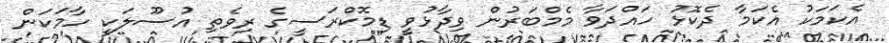
އެކަމަކު އެކަމާ ދެކޮޅު ހައްދަވާ މެމްބަރުން ވިދާޅުވީ ޑިމޮކްރަސީގެ ރިވެތި އުސޫލަކީ ހާމަކަން